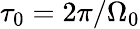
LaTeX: \tau_{0}=2\pi/\Omega_{0}